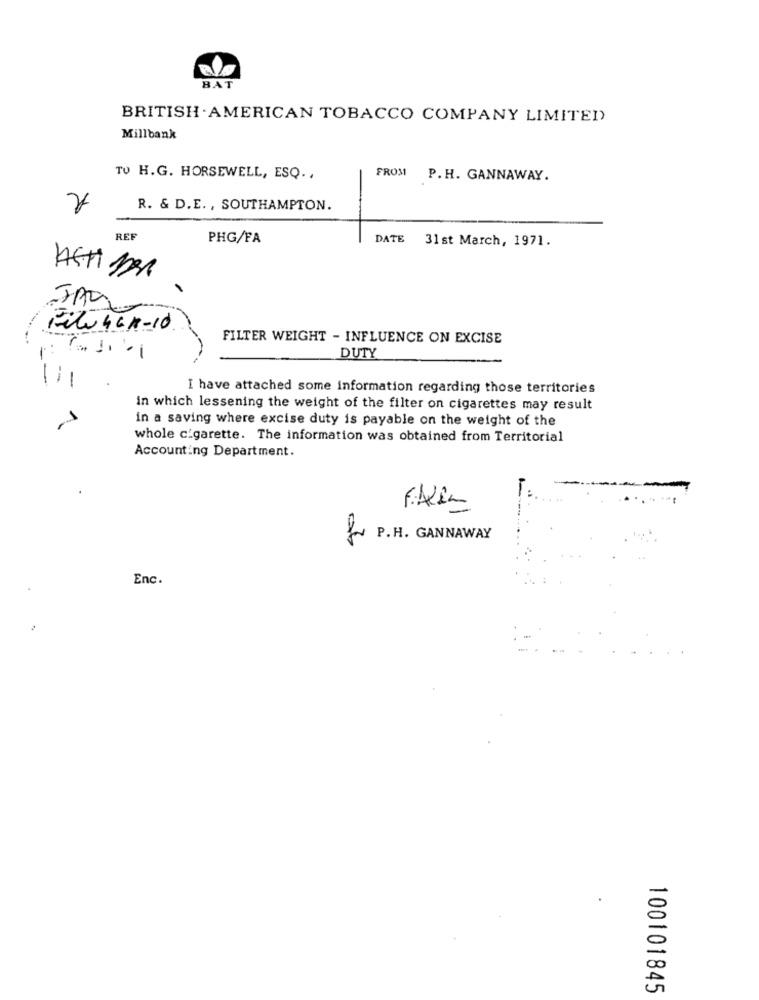
BAT
BRITISH . AMERICAN TOBACCO COMPANY LIMITED)
Millbank
TU H.G. HORSEWELL, ESQ .,
FROM P. H. GANNAWAY.
R. & D.E. , SOUTHAMPTON.
REF
PHG/FA
DATE
31 st March, 1971.
Filu 461-10
FILTER WEIGHT - INFLUENCE ON EXCISE
DUTY
111
I have attached some information regarding those territories
in which lessening the weight of the filter on cigarettes may result
in a saving where excise duty is payable on the weight of the
whole cigarette. The information was obtained from Territorial
Accounting Department.
for P.H. GANNAWAY
Enc.
100101845